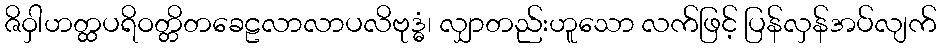
ဇိဝှါဟတ္ထပရိဝတ္တိတခေဠလာလာပလိဗုဒ္ဓံ၊ လျှာတည်းဟူသော လက်ဖြင့် ပြန်လှန်အပ်လျက်